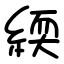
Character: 緛